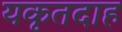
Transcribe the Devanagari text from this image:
यकृतदाह